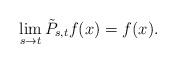
LaTeX: \begin{align*}\lim_{s\rightarrow t}\tilde P_{s,t}f(x)=f(x).\end{align*}